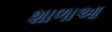
શાળાઆ